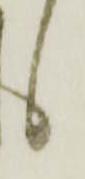
候